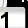
Digit: 1